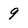
Character: 9